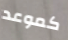
كموعد